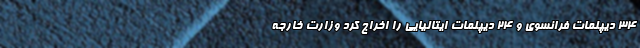
۳۴ دیپلمات فرانسوی و ۲۴ دیپلمات ایتالیایی را اخراج کرد وزارت خارجه